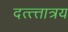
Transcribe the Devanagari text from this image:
दत्त्त्तात्रय